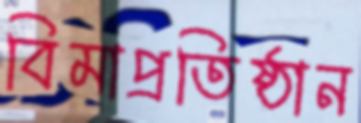
বিমাপ্রতিষ্ঠান